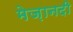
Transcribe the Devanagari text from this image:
मेज़ानदी